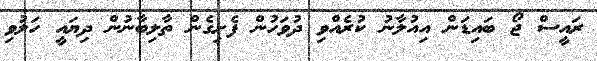
ރައީސް ޖޯ ބައިޑަން އިއުލާނު ކުރެއްވި ދުވަހުން ފެށިގެން ތާލިބާނުން ދިޔައީ ހަލުވި